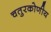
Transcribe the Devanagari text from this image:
चतुरकोणीय